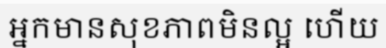
អ្នកមានសុខភាពមិនល្អ ហើយ